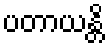
ပတာယန္တိ